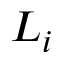
L _ { i }